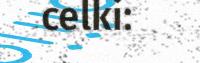
celki: